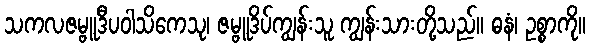
သကလဇမ္ဗူဒီပဝါသိကေသု၊ ဇမ္ဗူဒိပ်ကျွန်းသူ ကျွန်းသားတို့သည်။ ဓနံ၊ ဥစ္စာကို။